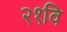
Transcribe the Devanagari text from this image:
२१वि